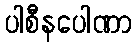
ပါစီနပေါဏာ